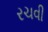
રચવી